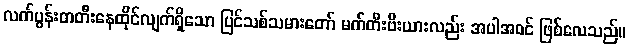
လက်ပွန်းတတီးနေထိုင်လျက်ရှိသော ပြင်သစ်သမားတော် မက်တီးဗီးယားလည်း အပါအဝင် ဖြစ်လေသည်။